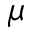
\mu